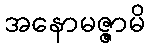
အနောမဇ္ဇာမိ